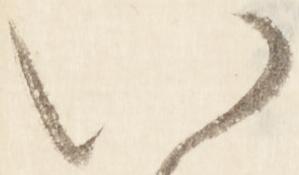
い